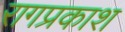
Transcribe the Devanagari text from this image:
रागप्रकाश